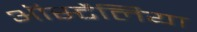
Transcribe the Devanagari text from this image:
ऑर्स्टेलिया